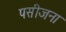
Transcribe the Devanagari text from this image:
पसीजना